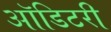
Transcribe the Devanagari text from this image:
ऑडिटरी